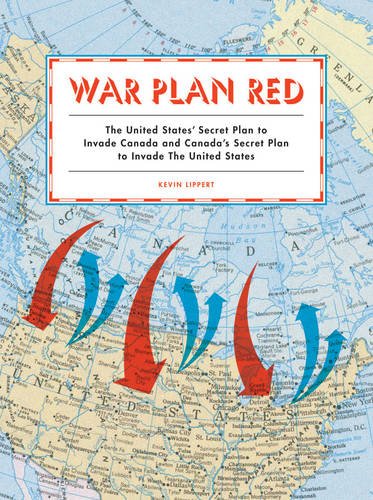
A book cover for War Plan Red: The United States' Secret Plan to Invade Canada and Canada's Secret Plan to Invade the United States; Kevin Lippert; History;